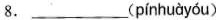
8.___(pínhuàyóu )